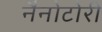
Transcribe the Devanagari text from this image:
नैनोटोरी